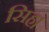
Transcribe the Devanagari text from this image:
सिह।